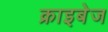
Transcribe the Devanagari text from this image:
क्राइबेज